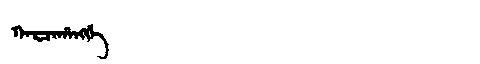
Manchu: ᡴᠠᡵᠴᠠᡥᠠᠩᡤᡝ
Romanization: KARCAHANGGE